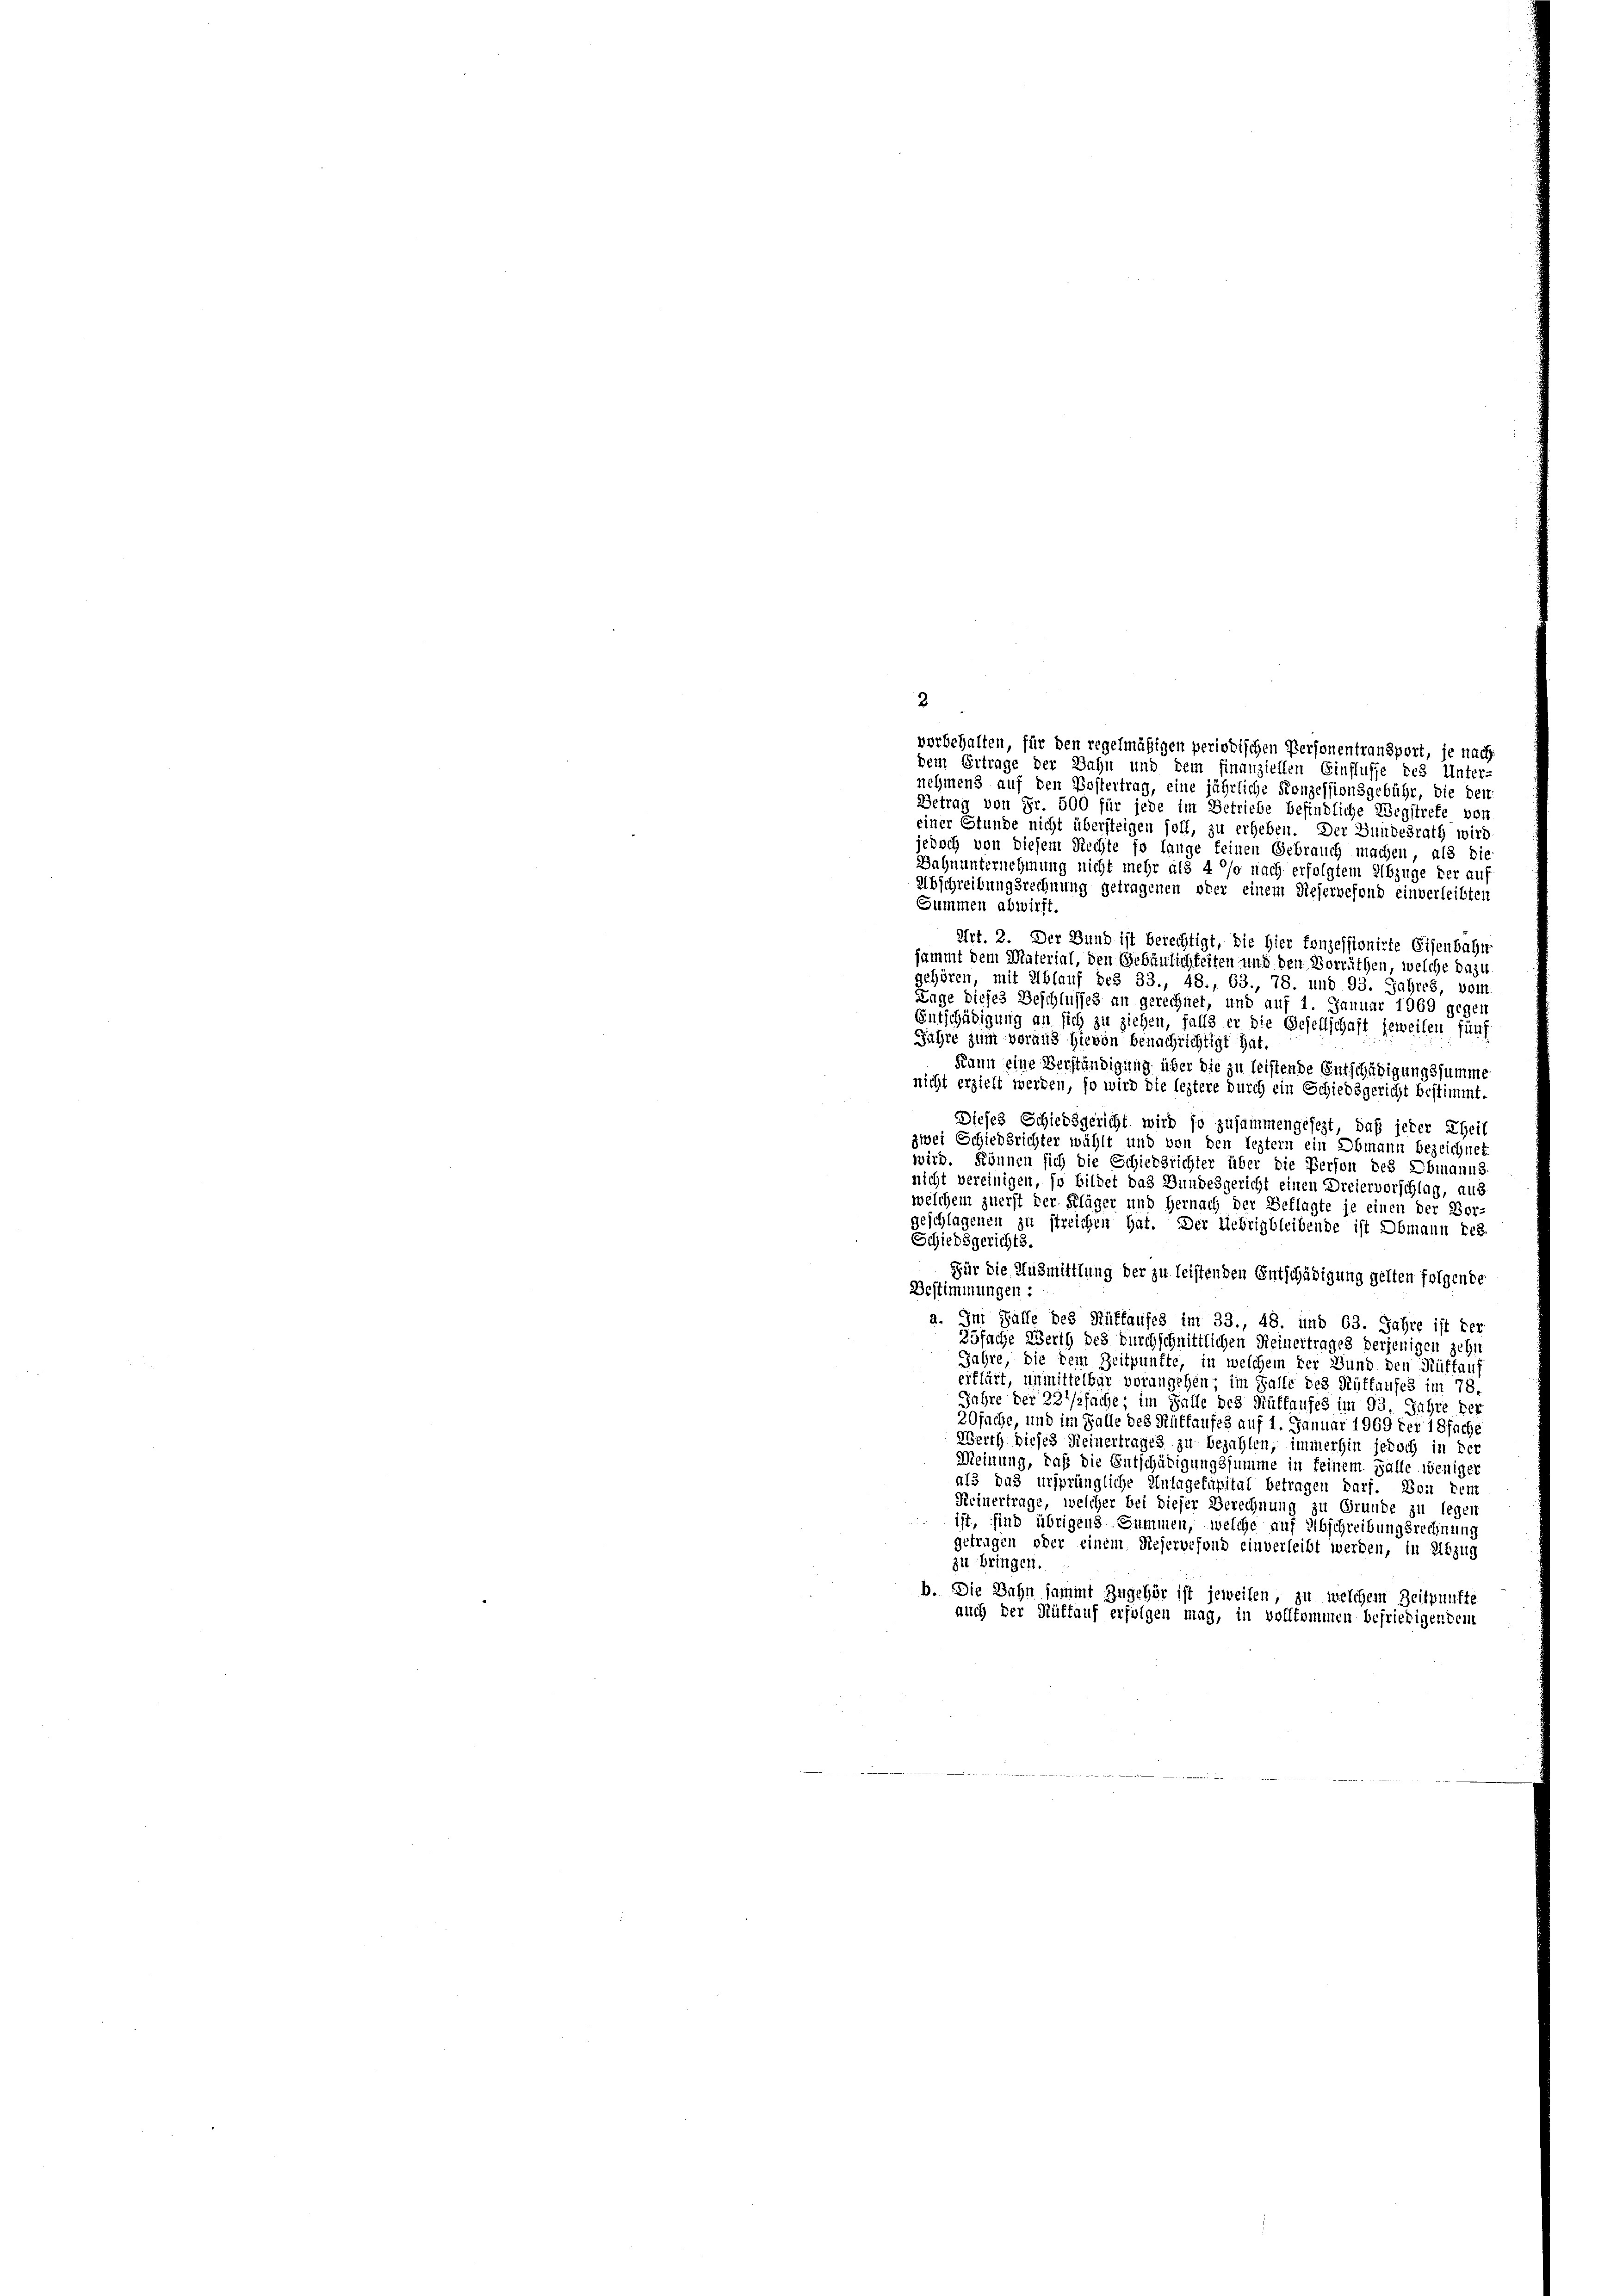
2

vorbehalten, für den regelmäßigen periodischen Personentransport, je nach
dem Ertrage der Bahn und dem finanziellen Einflusse des Unter-
nehmend auf den Postertrag, eine jährliche Konzessionsgebühr, die den
Betrag von Fr. 500 für jede im Betriebe befindliche Wegstrefe von
einer Stunde nicht übersteigen soll, zu erheben. Der Bundesrath wird
jedoch von diesem Rechte so lange feinen Gebrauch machen, als die
Dahnunternehmung nicht mehr als 4 % nach erfolgtem Abzüge der auf
Abschreibungsrechnung getragenen ober einem Dieservefond einverleibten
Summen abwirft.
Art. 2. Der Bund ist berechtigt, die Hier konzessionirte Eisenbahn
sammt dem Material, den Gebäulichkeiten und den Vorräthen, welche dazu
gehören, mit Ablauf bez 33., 48., 63., 78. und 93. Jahres, voll.
Lage dieses Beschlusses an gerechnet, und auf 1. Januar 1969 gegen
Entschädigung an sich zu ziehen, falls er die Gesellschaft jeweilen fünf
Führe zum veraus hievon benachrichtigt hat.
Kann eine Verständigung über die zu leistende Entschädigungssumme
nicht erzieht werden, so wird die leztere durch ein Schiedsgericht bestimmt.
Dieses Schiedsgericht wird so zusammengesezt, daß jeder Theil
zwei Schiedsrichter wählt und von den leztem ein Obmann bezeichnet
wird. Können sich die Schiedsrichter über die Person des Obmanns.
nicht vereinigen, so bildet das Bundesgericht einen Dreiervorschlag, aus-
welchem zuerst der Kläger und Hernach der Beklagte je einen der Vor-
geschlagenen zu streichen hat. Der liebrigbleibende ist Obmann reg
Schiedsgerichts.
Für die Ausmittlung der zu leistenden Entschädigung gelten folgende
Bestimmungen:
a. Im Falle des Rüffaufes im 33., 48. und 63. Jahre ist der
25fache Werth des durchschnittlichen Reinertrages derjenigen zehn
Jahre, die dem Zeitpunkte, in welchem der Bund den Rüttaus
erklärt, unmittelbar vorangehen; im Falle des Rüffaufes im 78
Jahre der 22 ssache; im Falle des Füffaufes im 93. Jahre der
20fache, und im Falle des Rütfaufes auf 1. Januar 1969 der 18fache
Werth dieses Reinertrages zu bezahlen, immerhin jedoch in der
Meinung, daß die Entschädigungssumme in feinem Falle weniger
als das ursprüngliche Anlagekapital betragen darf. Von dem
Keinertrage, welcher bei dieser Berechnung zu Grunde zu legen
ist, sind übrigens Summen, welche auf Abschreibungsrechnung
getragen oder einem Reservefond einverleibt werden, in Abzug
zu bringen.
b. Die Bahn sammt Zugehör ist jeweilen, zu welchem Zeitpunkte
auch der Rüffauf erfolgen mag, in vollkommen befriedigen dem